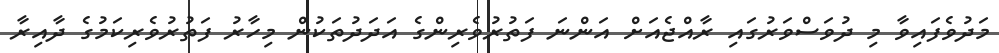
މަދުވެފައިވާ މި ދުވަސްވަރުގައި ރާއްޖެއަށް އަންނަ ފަތުރުވެރިންގެ އަދަދުތަކުން މިހާރު ފަތުރުވެރިކަމުގެ ދާއިރާ